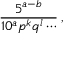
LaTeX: { \frac { 5 ^ { a - b } } { 1 0 ^ { a } p ^ { k } q ^ { l } \cdots } } \, ,